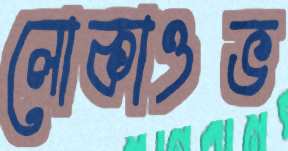
লোকাওভ